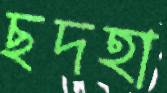
ছদহা